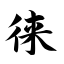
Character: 徕